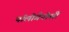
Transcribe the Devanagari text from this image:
पॉलीगैनोसी